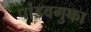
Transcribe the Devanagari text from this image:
पांडवगुफा